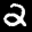
Label: 2